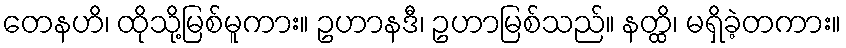
တေနဟိ၊ ထိုသို့မြစ်မူကား။ ဥဟာနဒီ၊ ဥဟာမြစ်သည်။ နတ္ထိ၊ မရှိခဲ့တကား။